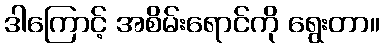
ဒါကြောင့် အစိမ်းရောင်ကို ရွေးတာ။